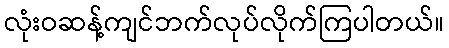
လုံးဝဆန့်ကျင်ဘက်လုပ်လိုက်ကြပါတယ်။